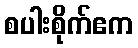
စပါးစိုက်ဧက